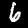
Label: 6